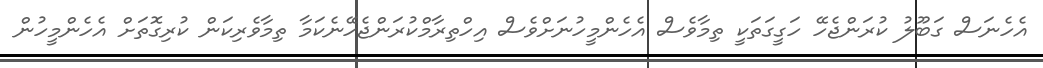
އެހެނަސް ގަބޫލު ކުރަންޖެހޭ ހަގީގަތަކީ ތިމާވެސް އެހެންމީހުނަށްވެސް އިހްތިރާމްކުރަންޖެހޭނެކަމާ ތިމާވެރިކަން ކުރިގޮތަށް އެހެންމީހުން